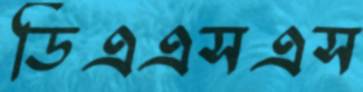
ডিএএসএস